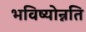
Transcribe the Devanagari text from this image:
भविष्योन्नति